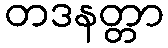
တဒနတ္တာ